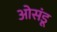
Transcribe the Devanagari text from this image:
ओसंडू